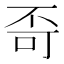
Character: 𪜄